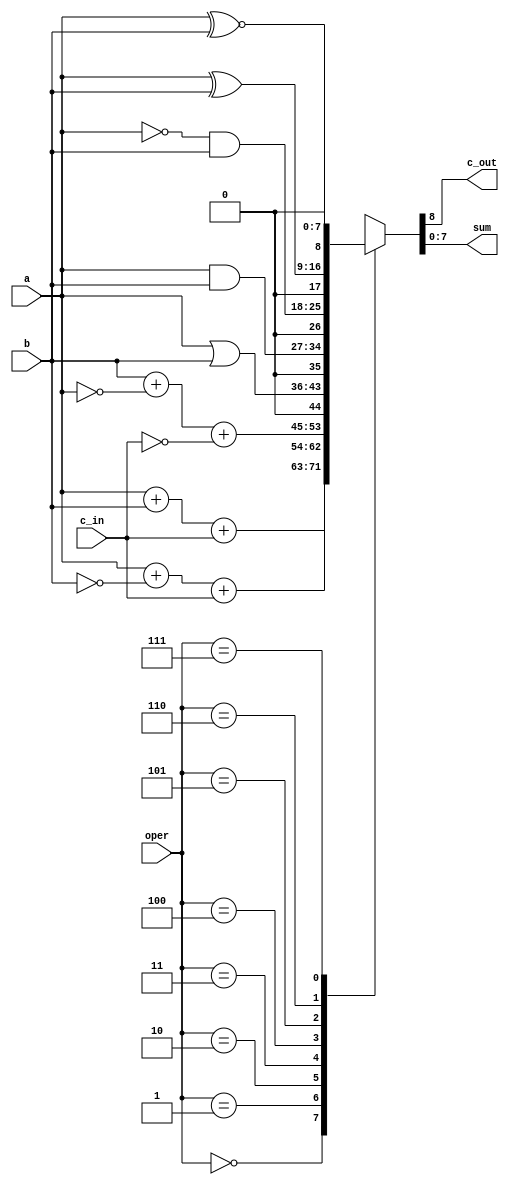
module ALU(output reg c_out,
           output reg [7:0] sum,
           input [2:0] oper,
           input [7:0] a,
           input [7:0] b,
           input c_in);

    always @(*) begin
        case(oper)
            3'b000: {c_out, sum} = a + b + c_in; // and
            3'b001: {c_out, sum} = a + ~b + c_in; // subtract
            3'b010: {c_out, sum} = b + ~a + ~c_in; // subtract_a
            3'b011: {c_out, sum} = {1'b0, a | b}; // or_ab
            3'b100: {c_out, sum} = {1'b0, a & b}; // and_ab
            3'b101: {c_out, sum} = {1'b0, (~a) & b}; // not_ab
            3'b110: {c_out, sum} = {1'b0, a ^ b}; // exor
            3'b111: {c_out, sum} = {1'b0, a ~^ b}; // exnor
            default: {c_out, sum} = 9'bx;
        endcase
    end

endmodule